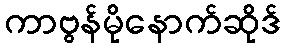
ကာဗွန်မိုနောက်ဆိုဒ်